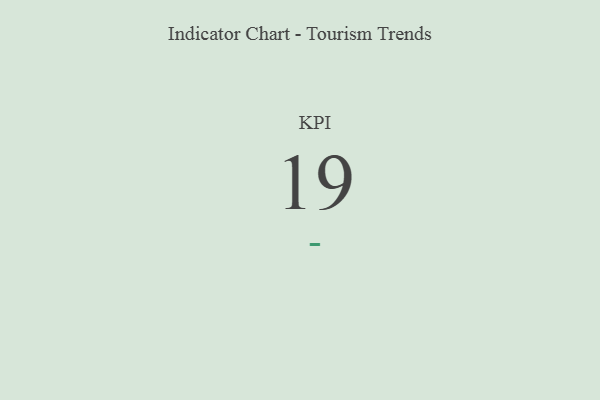
{"axis": {"x": "KPI", "y": "Value"}, "legend": [""], "data": [{"x": "KPI", "y": 19, "type": ""}]}